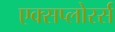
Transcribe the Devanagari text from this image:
एक्सप्लोरर्स